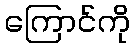
ကြောင်ကို